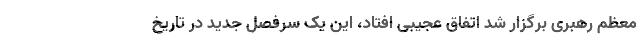
معظم رهبری برگزار شد اتفاق عجیبی افتاد، این یک سرفصل جدید در تاریخ